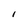
Character: I